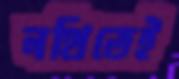
নথিতেই